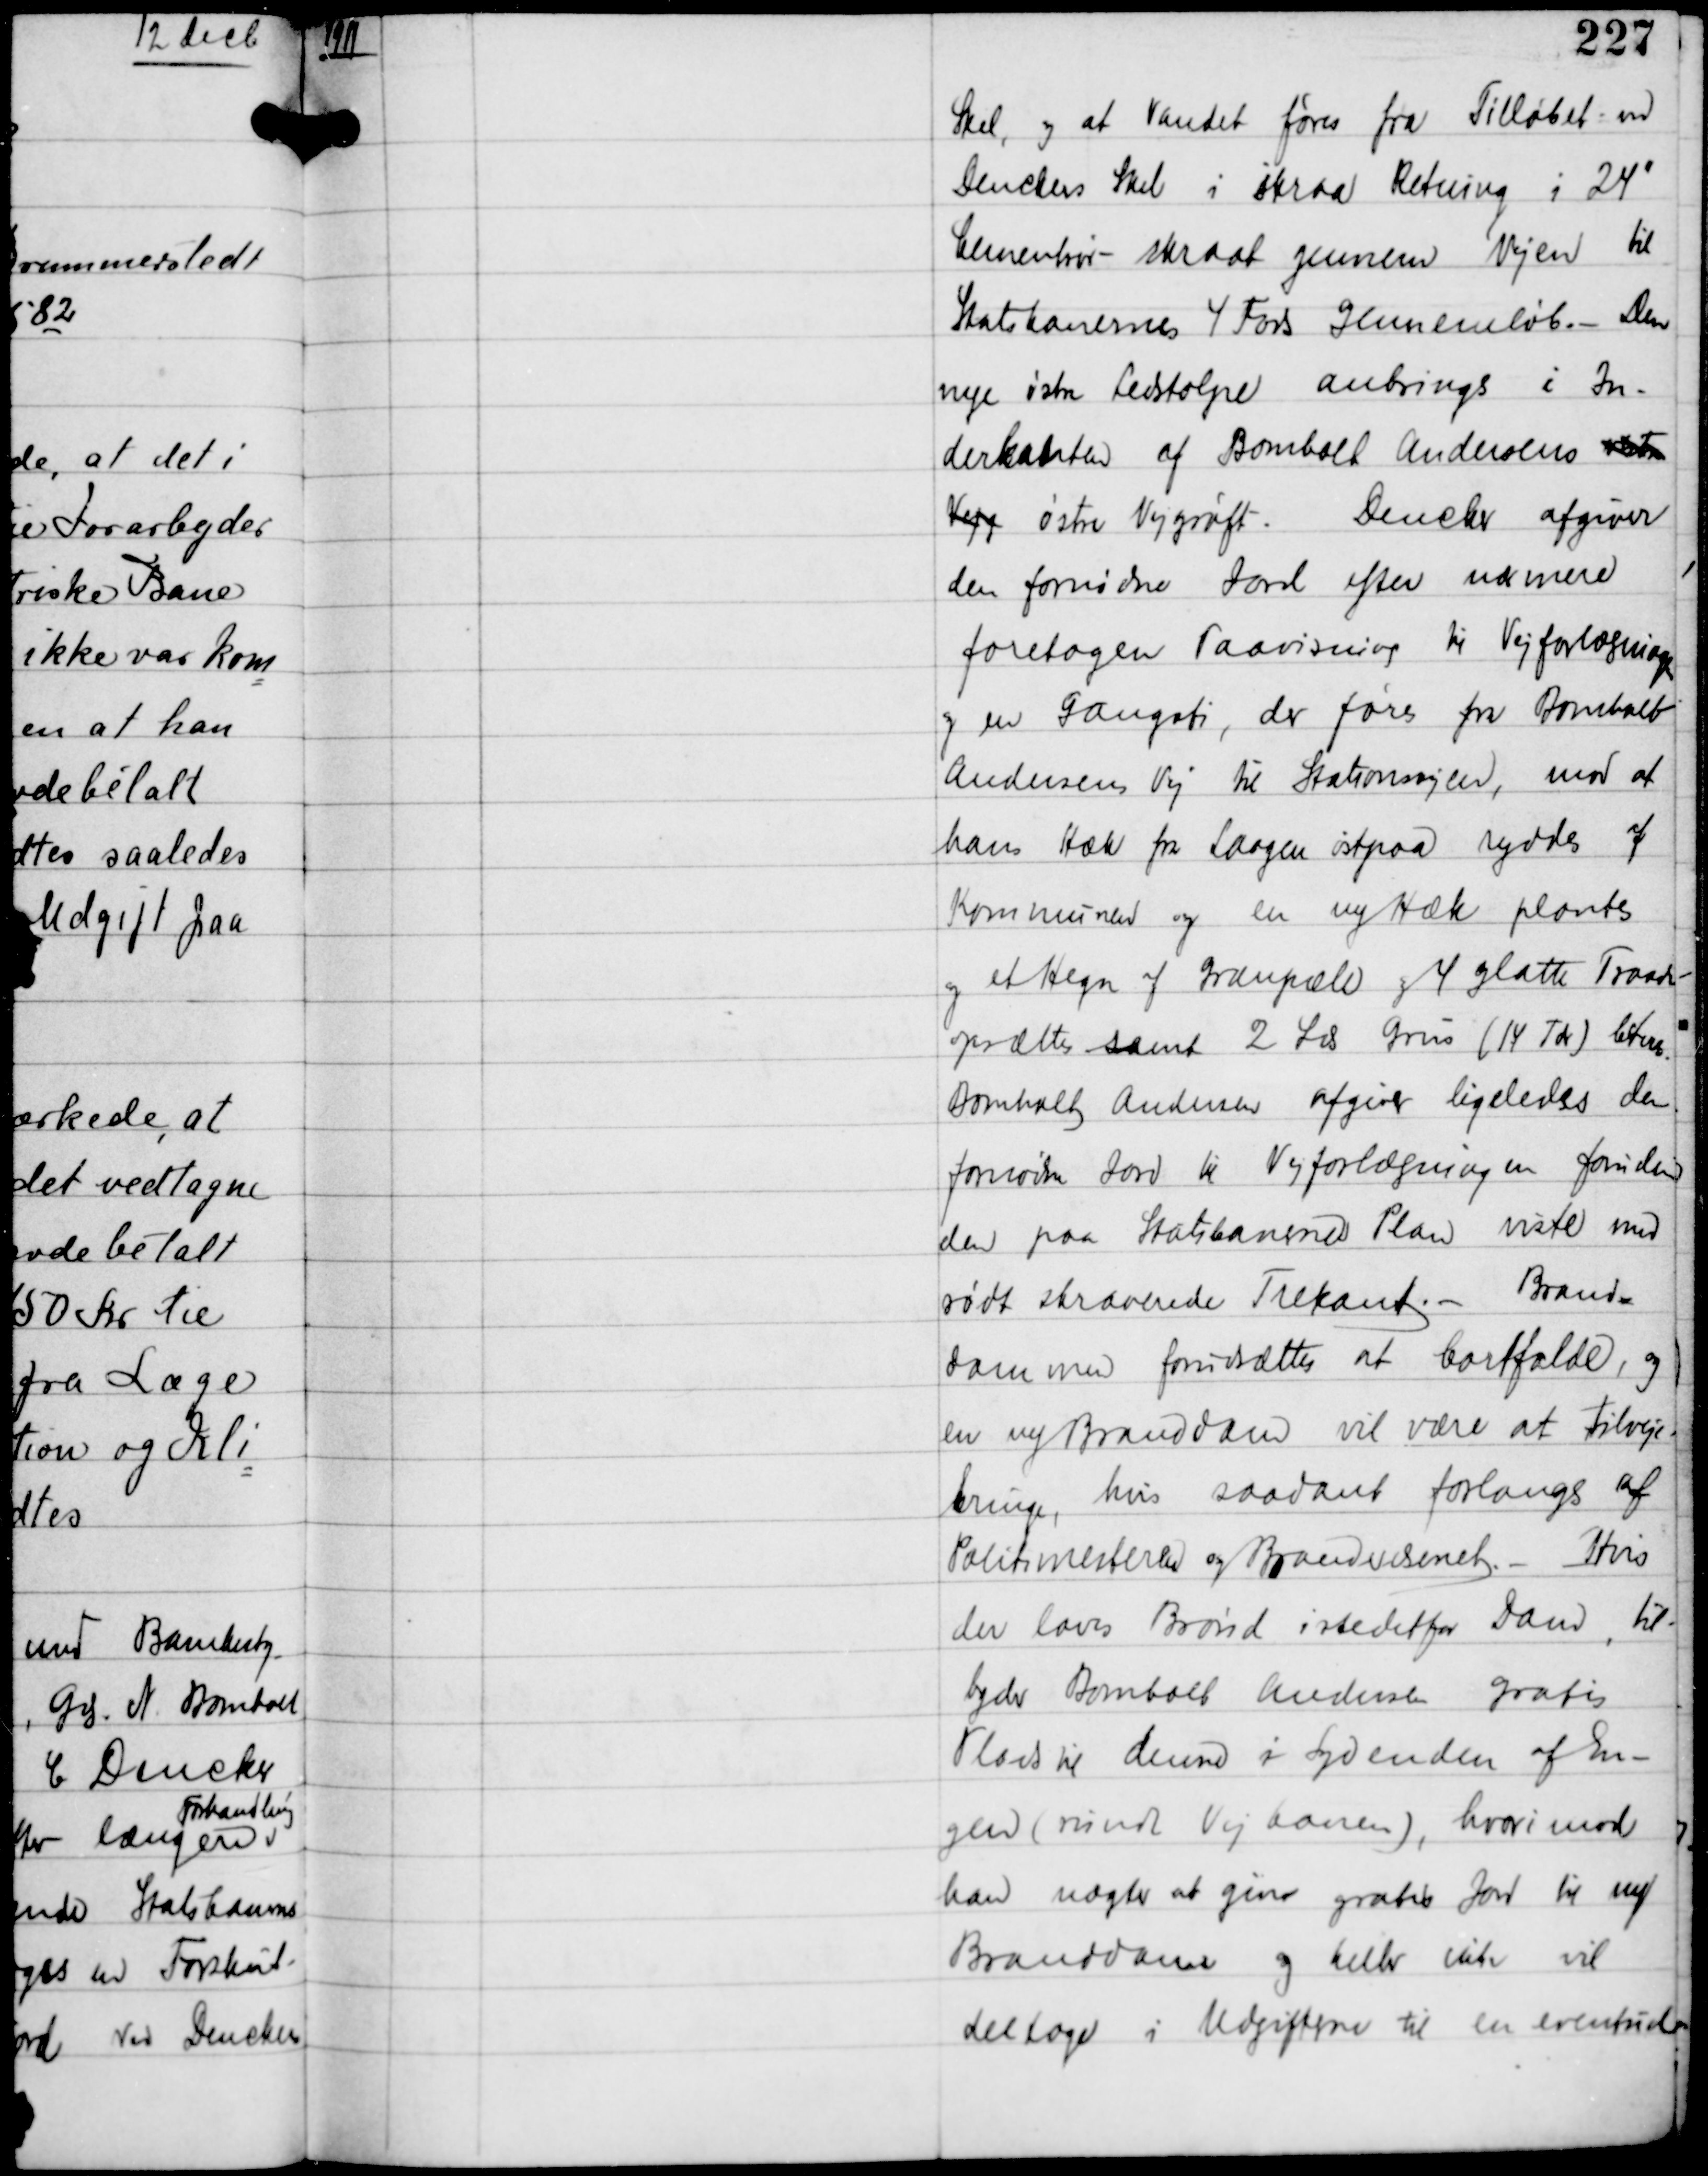
Transskription:
1911

Skel, og at Vandet føres fra Tilløbet ved
Denckers Skel i skraa Retning i 24"
Cementrør - skraat gennem Vejen til
Statsbanernes 4 Fors gennemløb. - Den
nye østre Ledstolpe anbringes i In-
derkanten af Bomholt Andersens vestre
Vejg østre Vejgrøft. Dencker afgiver
den fornødne Jord efter nærmere
foretagen Paavisning til Vejforlægningen
og en Gangsti, der føres fra Bomholt
Andersens Vej til Stationsvejen, mod at
hans Hæk fra Laagen østpaa ryddes af
Kommunen og en ny Hæk plantes
og et Hegn af Granpæle og 4 glatte Traade
opsættes samt 2 Læs Grus (14 Tdr) leveres
Bomholt Andersen afgiver ligeledes den
fornødne Jord til Vejforlægningen om fornøden
den paa Statsbanernes Plan viste med
rødt skraverede Trekant. - Brand-
dammen forudsættes at bortfalde, og
en ny Branddam vil være at tilveje-
bringe, hvis saadant forlanges af
Politimesteren og Brandvæsenet. Hvis
der laves Brønd istedetfor Dam, til-
byder Bomholt Andersen gratis
Plads til denne i Sydenden af En-
gen (rundt Vejbanen), hvorimod
han nægter at give gratis Jord til ny
Branddam og heller ikke vil
deltage i Udgifterne til en eventuel